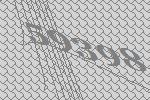
59398